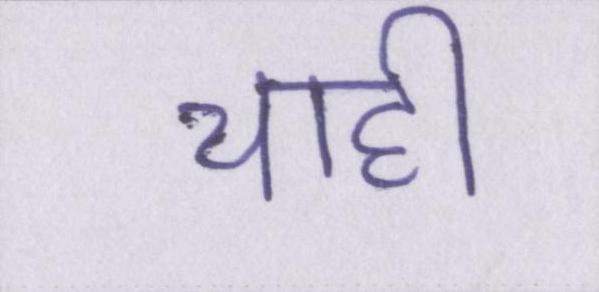
चाही